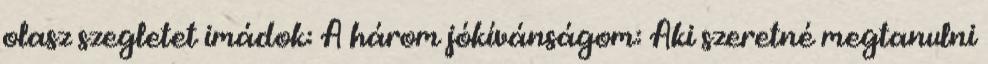
olasz szegletet imádok: A három jókívánságom: Aki szeretné megtanulni